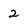
Character: 2